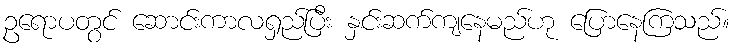
ဥရောပတွင် ဆောင်းကာလရှည်ပြီး နှင်းဆက်ကျနေမည်ဟု ပြောနေကြသည်။